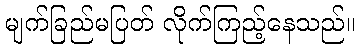
မျက်ခြည်မပြတ် လိုက်ကြည့်နေသည်။